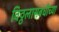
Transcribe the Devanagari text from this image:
विठ्ठलासंबंधीच्या